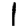
Digit: 1